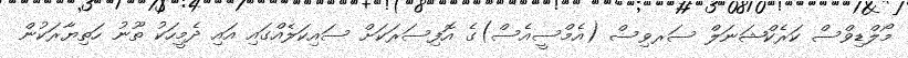
މޯލްޑިވްސް ކަރެކްޝަނަލް ސަރވިސް (އެމްސީއެސް)ގެ އޮފިސަރަކަށް ސައިކަލެއްގައި އައި ދެމީހަކު ތޫނު ހަތިޔާރަކުން